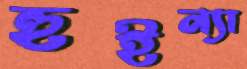
হুইন্যা